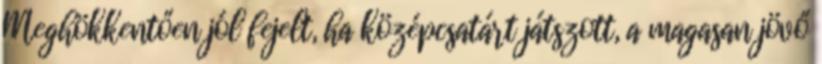
Meghökkentően jól fejelt, ha középcsatárt játszott, a magasan jövő